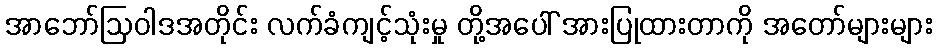
အာဘော်ဩဝါဒအတိုင်း လက်ခံကျင့်သုံးမှု တို့အပေါ် အားပြုထားတာကို အတော်များများ